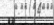
٥٨